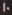
10